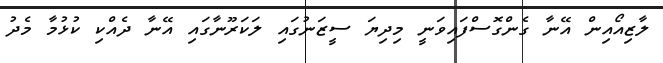
ލާޒިއޯއިން އޭނާ ގެންގޮސްފައިވަނީ މިދިޔަ ސީޒަނުގައި ލަކަރޫނާގައި އޭނާ ދެއްކި ކުޅުމާ މެދު